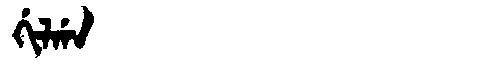
Manchu: ᡤᡳᠯᡤᠠ
Romanization: GILGA